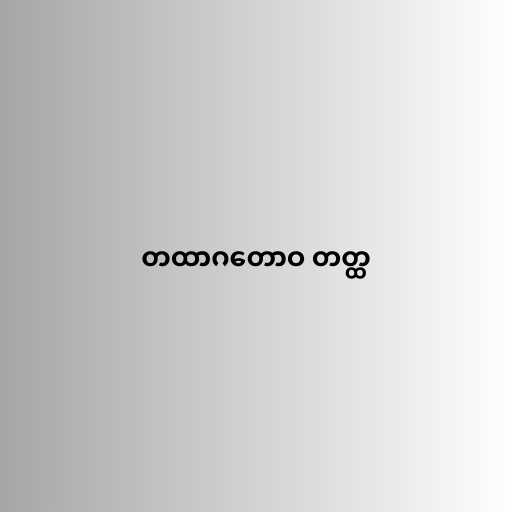
တထာဂတောဝ တတ္ထ